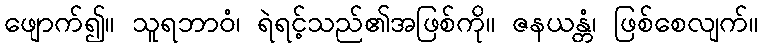
ဖျောက်၍။ သူရဘာဝံ၊ ရဲရင့်သည်၏အဖြစ်ကို။ ဇနယန္တံ၊ ဖြစ်စေလျက်။